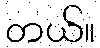
တယ်။